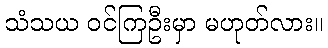
သံသယ ဝင်ကြဦးမှာ မဟုတ်လား။